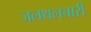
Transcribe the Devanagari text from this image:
जलथलचारी